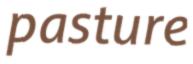
pasture